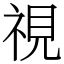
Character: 視